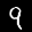
Label: 9